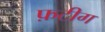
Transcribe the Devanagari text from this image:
फ़टीग